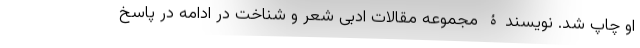
او چاپ شد. نویسندۀ مجموعه مقالات ادبی شعر و شناخت در ادامه در پاسخ